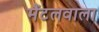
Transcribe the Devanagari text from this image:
मैंटलवाला